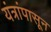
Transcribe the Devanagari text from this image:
यंत्रांपासून